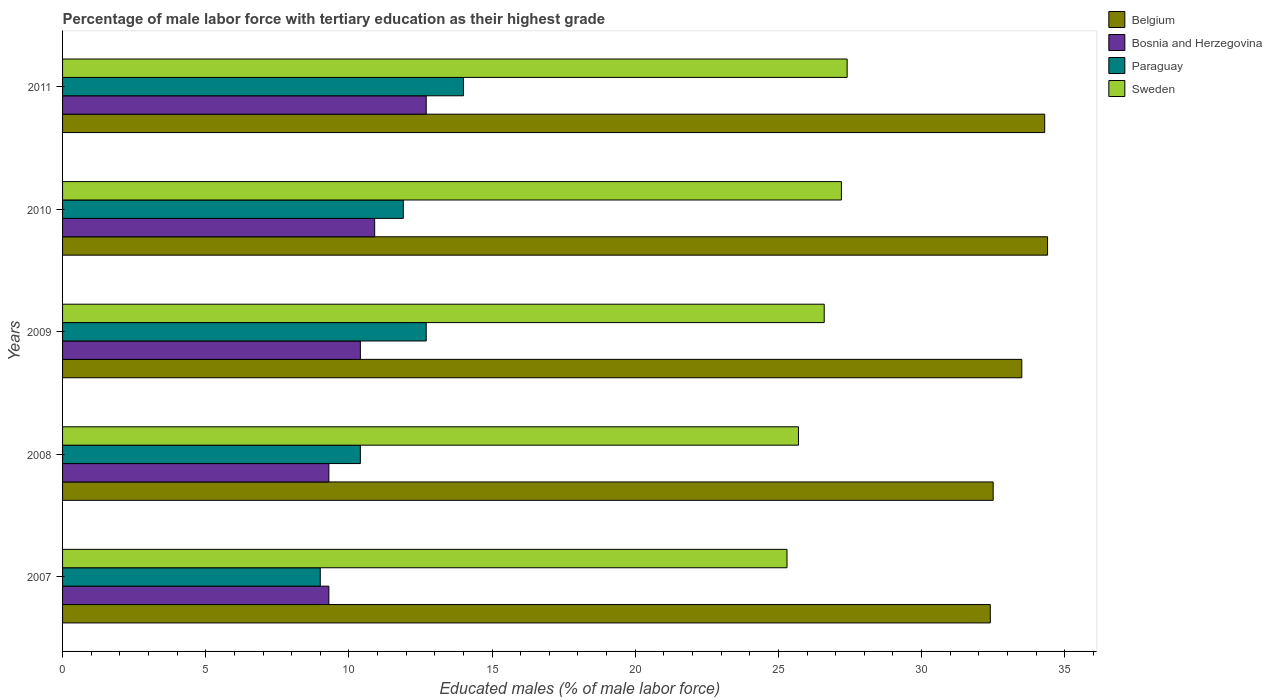
| Years | Belgium | Bosnia and Herzegovina | Paraguay | Sweden |
 | --- | --- | --- | --- | --- |
 | 2007 | 32.4 | 9.3 | 9 | 25.3 |
 | 2008 | 32.5 | 9.3 | 10.4 | 25.7 |
 | 2009 | 33.5 | 10.4 | 12.7 | 26.6 |
 | 2010 | 34.4 | 10.9 | 11.9 | 27.2 |
 | 2011 | 34.3 | 12.7 | 14 | 27.4 |